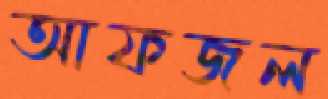
আফজল